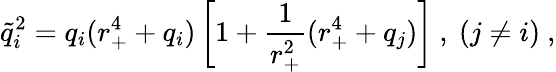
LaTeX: {\tilde{q}}_{i}^{2}=q_{i}(r_{+}^{4}+q_{i})\left[1+{\frac{1}{r_{+}^{2}}}(r_{+}^{4}+q_{j})\right]\ ,\ (j\ne i)\ ,